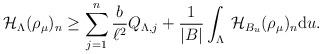
LaTeX: \begin{align*}\mathcal{H}_{\Lambda}(\rho_{\mu})_n \geq \sum_{j=1}^n \frac{b}{\ell^2} Q_{\Lambda,j} + \frac{1}{\lvert B \rvert}\int_{\Lambda} \, \mathcal{H}_{B_u}(\rho_{\mu})_n \mathrm{d} u.\end{align*}